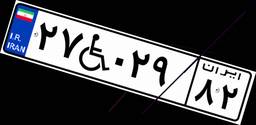
۲۷W۰۲۹۸۲